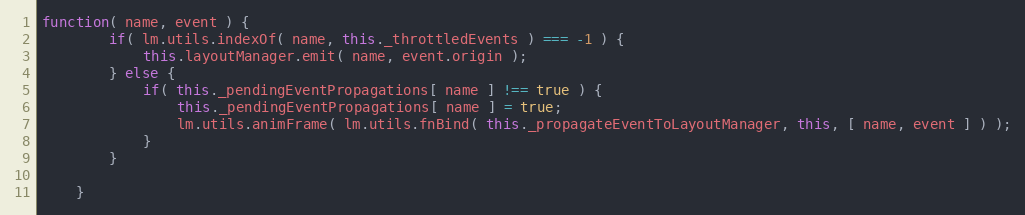
Language: JavaScript
function( name, event ) {
		if( lm.utils.indexOf( name, this._throttledEvents ) === -1 ) {
			this.layoutManager.emit( name, event.origin );
		} else {
			if( this._pendingEventPropagations[ name ] !== true ) {
				this._pendingEventPropagations[ name ] = true;
				lm.utils.animFrame( lm.utils.fnBind( this._propagateEventToLayoutManager, this, [ name, event ] ) );
			}
		}

	}